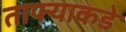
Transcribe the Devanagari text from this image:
ताफ्याकडे